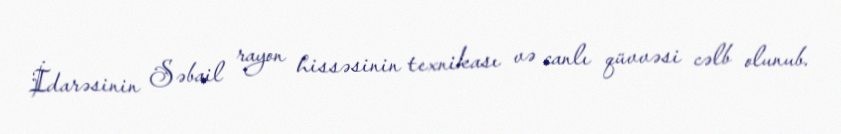
İdarəsinin Səbail rayon hissəsinin texnikası və canlı qüvvəsi cəlb olunub.